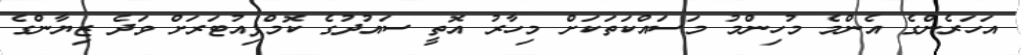
އަހަރެންގެ އެންމެ މުހިންމު މަސައްކަތަކަށް މިހާރު އޮތީ ސައުދުގެ ކޮމްޕިއުޓަރަށް ވަދެ ޒިޔާންގެ